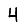
Digit: 4